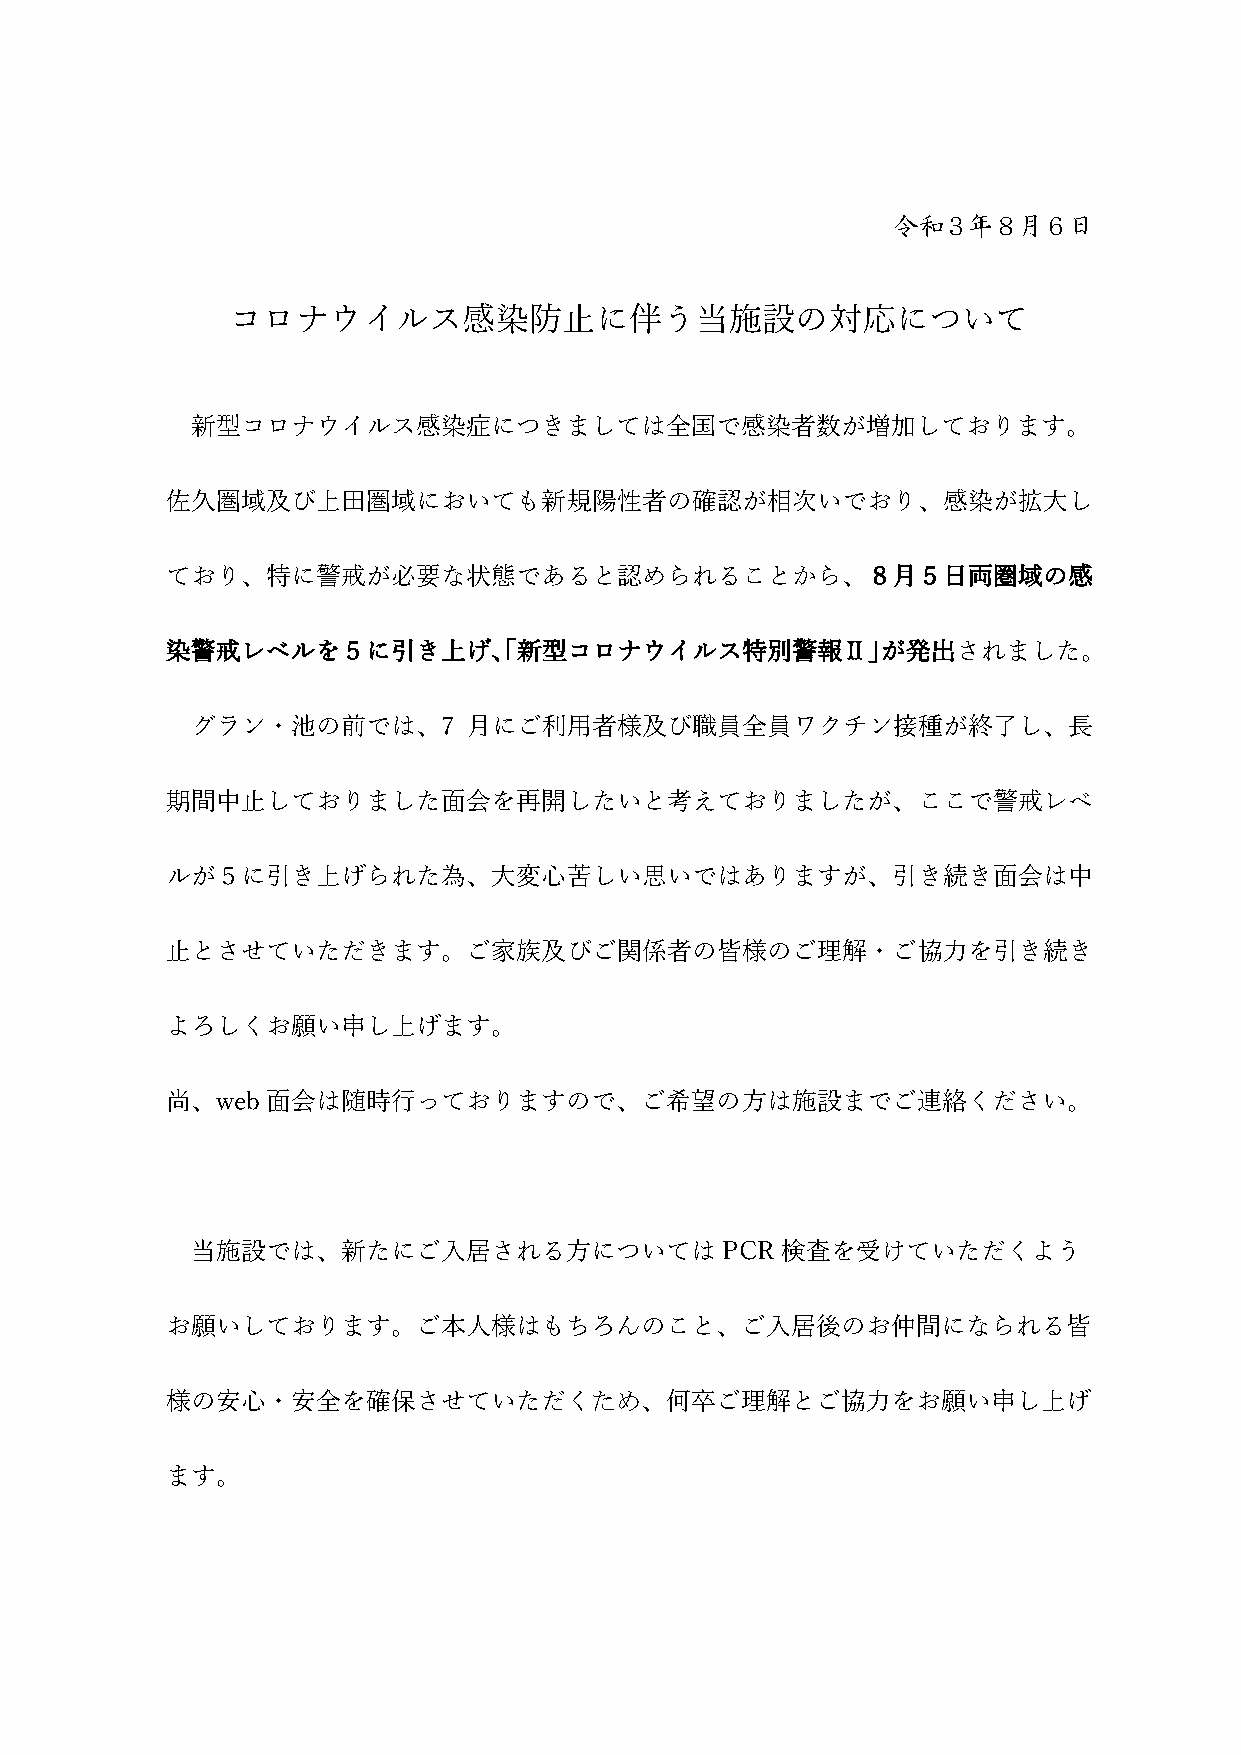
コロナウイルス感染防止に伴う当施設の対応について
 新型コロナウイルス感染症につきましては全国で感染者数が増加しております。
 佐久圏域及び上田圏域においても新規陽性者の確認が相次いでおり、感染が拡大し
 ており、特に警戒が必要な状態であると認められることから、８月５日両圏域の感
 染警戒レベルを５に引き上げ、「新型コロナウイルス特別警報Ⅱ」が発出されました。
 グラン・池の前では、7       月にご利用者様及び職員全員ワクチン接種が終了し、⾧
 期間中止しておりました面会を再開したいと考えておりましたが、ここで警戒レベ
 ルが５に引き上げられた為、大変心苦しい思いではありますが、引き続き面会は中
 止とさせていただきます。ご家族及びご関係者の皆様のご理解・ご協力を引き続き
 よろしくお願い申し上げます。
 尚、web  面会は随時行っておりますので、ご希望の方は施設までご連絡ください。
 当施設では、新たにご入居される方については              PCR 検査を受けていただくよう
 お願いしております。ご本人様はもちろんのこと、ご入居後のお仲間になられる皆
 様の安心・安全を確保させていただくため、何卒ご理解とご協力をお願い申し上げ
 ます。